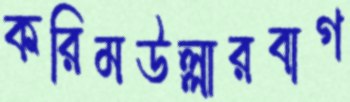
করিমউল্লারবাগ